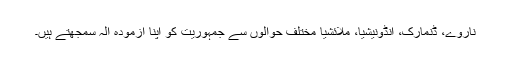
ناروے، ڈنمارک، انڈونیشیا، ملائشیا مختلف حوالوں سے جمہوریت کو اپنا آزمودہ آلہ سمجھتے ہیں۔